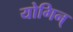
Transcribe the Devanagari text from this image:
योगिन्